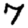
Digit: 7